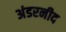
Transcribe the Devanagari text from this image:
अंडरनीद